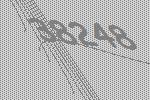
38248